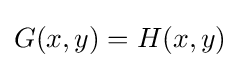
G(x,y)=H(x,y)